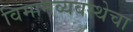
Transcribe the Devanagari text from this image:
विमानव्यवस्थेचा